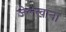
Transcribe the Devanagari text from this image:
जेलखाना